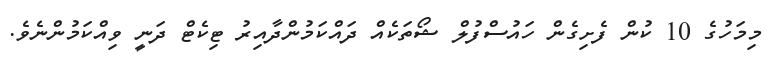
މިމަހުގެ 10 ކުން ފެށިގެން ހައުސްފުލް ޝޯތަކެއް ދައްކަމުންދާއިރު ޓިކެޓް ދަނީ ވިއްކަމުންނެވެ.